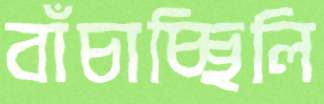
বাঁচাচ্ছিলি